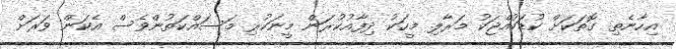
އިހާނެތި ގޮތަކަށް ކުޑަކުއްޖަކު މަރާލި މީހަކު ދިފާއުކުރަން މީނަކުރި މަސައްކަތުންވެސް އެކަން ވަރަށް